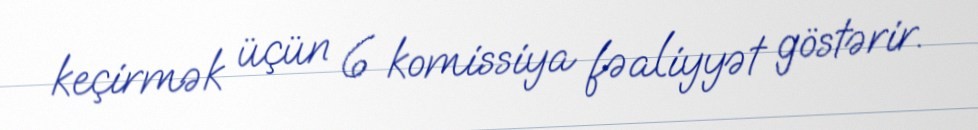
keçirmək üçün 6 komissiya fəaliyyət göstərir.